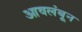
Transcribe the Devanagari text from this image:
आवलंबून